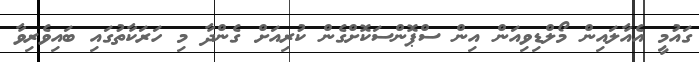
ގައުމީ އެއާލައިން މޯލްޑިވިއަން އިން ސްޕޮންސަކޮށްގެން ކުރިއަށް ގެންދާ މި ހަރަކާތުގައި ބައިވެރިވާ